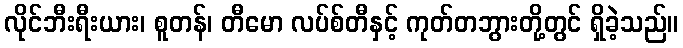
လိုင်ဘီးရီးယား၊ စူတန်၊ တီမော လပ်စ်တီနှင့် ကုတ်တဘွားတို့တွင် ရှိခဲ့သည်။